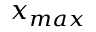
x _ { m a x }